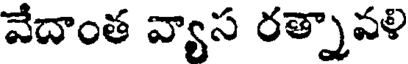
వేదాంత వ్యాస రత్నావళి